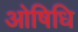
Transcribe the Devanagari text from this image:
ओषिधि